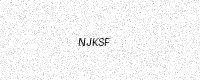
Text: NJKSF